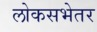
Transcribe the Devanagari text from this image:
लोकसभेतर